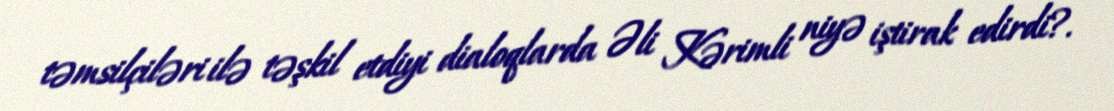
təmsilçiləri ilə təşkil etdiyi dialoqlarda Əli Kərimli niyə iştirak edirdi?.